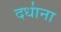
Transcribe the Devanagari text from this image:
दधा॑ना